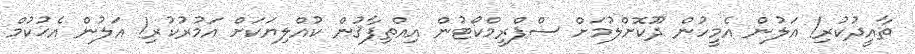
ތާއީދުކުރި! އަލުން އެމީހުން ދޫކޮށްލުމަށް ސްޕްރީމްކޯޓުން އިއްތިފާޤުން ކުއްލިޔަކަށް އަމުރުކުރި! އަލުން އެޙުކުމް